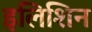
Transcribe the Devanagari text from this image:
इलिशिन